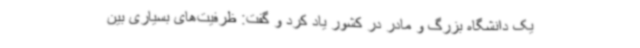
یک دانشگاه بزرگ و مادر در کشور یاد کرد و گفت: ظرفیت‌های بسیاری بین